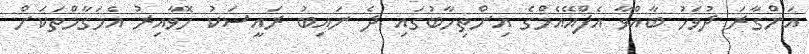
އަންގާރަ ދުވަހު ބާއްވާ އެފްއޭއެމްގެ އިންތިހާބުގައި ދެ ނައިބު ރައީސަކު ހޮވާއިރު އެމަގާމްތަކަށް